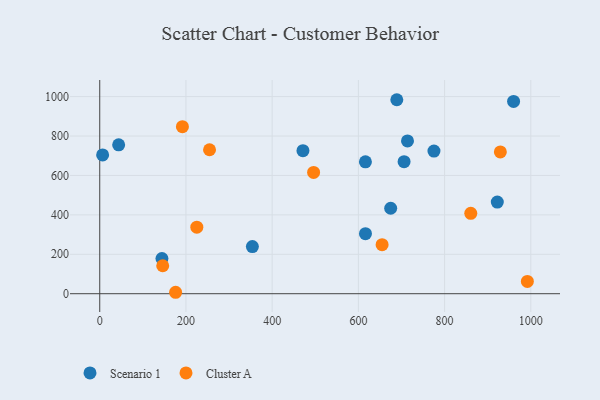
{"axis": {"x": "Ad Spend", "y": "Salary"}, "legend": ["Cluster A", "Scenario 1"], "data": [{"x": "43.9", "y": 755.4, "type": "Scenario 1"}, {"x": "689.1", "y": 984.1, "type": "Scenario 1"}, {"x": "960.0", "y": 975.5, "type": "Scenario 1"}, {"x": "471.4", "y": 725.8, "type": "Scenario 1"}, {"x": "775.3", "y": 723.6, "type": "Scenario 1"}, {"x": "706.0", "y": 669.9, "type": "Scenario 1"}, {"x": "922.2", "y": 464.9, "type": "Scenario 1"}, {"x": "616.4", "y": 304.8, "type": "Scenario 1"}, {"x": "6.7", "y": 704.1, "type": "Scenario 1"}, {"x": "144.3", "y": 178.7, "type": "Scenario 1"}, {"x": "713.9", "y": 775.1, "type": "Scenario 1"}, {"x": "354.1", "y": 239.3, "type": "Scenario 1"}, {"x": "674.9", "y": 433.5, "type": "Scenario 1"}, {"x": "616.3", "y": 669.3, "type": "Scenario 1"}, {"x": "225.2", "y": 337.4, "type": "Cluster A"}, {"x": "176.0", "y": 7.3, "type": "Cluster A"}, {"x": "860.7", "y": 407.7, "type": "Cluster A"}, {"x": "655.0", "y": 248.6, "type": "Cluster A"}, {"x": "929.3", "y": 719.3, "type": "Cluster A"}, {"x": "146.1", "y": 141.9, "type": "Cluster A"}, {"x": "191.8", "y": 847.3, "type": "Cluster A"}, {"x": "254.7", "y": 730.4, "type": "Cluster A"}, {"x": "496.1", "y": 615.1, "type": "Cluster A"}, {"x": "992.0", "y": 62.3, "type": "Cluster A"}]}